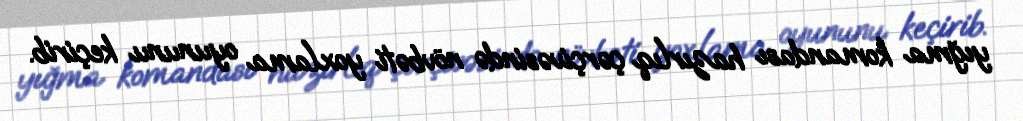
yığma komandası hazırlıq çərçivəsində növbəti yoxlama oyununu keçirib.